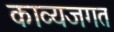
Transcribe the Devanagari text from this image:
काव्यजगत